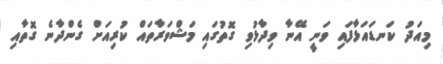
މިއަދު ކަނޑައަޅާފައި ވަނީ އޭނާ ވިދާޅުވި ގޮތުގައި މަޝްވަރާތައް ކުރިއަށް ގެންދާނެ ގޮތާއި